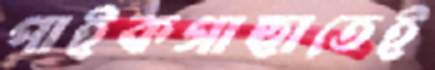
পাইকগাছাতেই